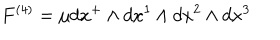
LaTeX: F ^ { \left( 4 \right) } = \mu d x ^ { + } \wedge d x ^ { 1 } \wedge d x ^ { 2 } \wedge d x ^ { 3 }